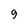
Character: 9